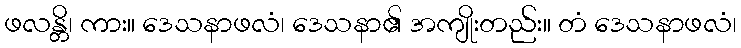
ဖလန္တိ၊ ကား။ ဒေသနာဖလံ၊ ဒေသနာ၏ အကျိုးတည်း။ တံ ဒေသနာဖလံ၊